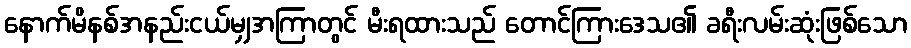
နောက်မိနစ်အနည်းငယ်မျှအကြာတွင် မီးရထားသည် တောင်ကြားဒေသ၏ ခရီးလမ်းဆုံးဖြစ်သော